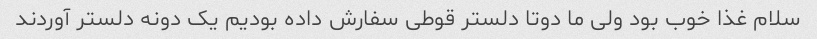
سلام غذا خوب بود ولی ما دوتا دلستر قوطی سفارش داده بودیم یک دونه دلستر آوردند